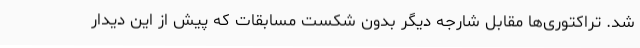
شد. تراکتوری‌ها مقابل شارجه دیگر بدون شکست مسابقات که پیش از این دیدار